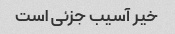
خیر آسیب جزئی است